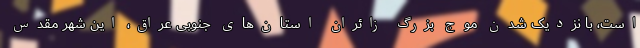
است، با نزدیک شدن موج بزرگ زائران استان‌های جنوبی عراق، این شهر مقدس